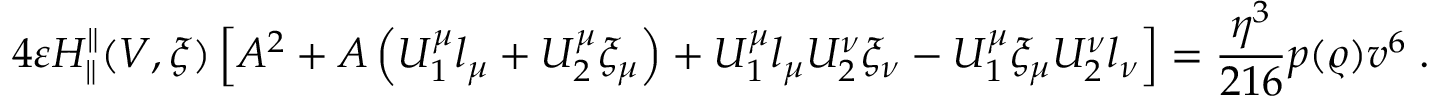
4 \varepsilon H _ { \parallel } ^ { \parallel } ( V , \xi ) \left[ A ^ { 2 } + A \left( U _ { 1 } ^ { \mu } l _ { \mu } + U _ { 2 } ^ { \mu } \xi _ { \mu } \right) + U _ { 1 } ^ { \mu } l _ { \mu } U _ { 2 } ^ { \nu } \xi _ { \nu } - U _ { 1 } ^ { \mu } \xi _ { \mu } U _ { 2 } ^ { \nu } l _ { \nu } \right] = \frac { \eta ^ { 3 } } { 2 1 6 } p ( \varrho ) v ^ { 6 } \; .